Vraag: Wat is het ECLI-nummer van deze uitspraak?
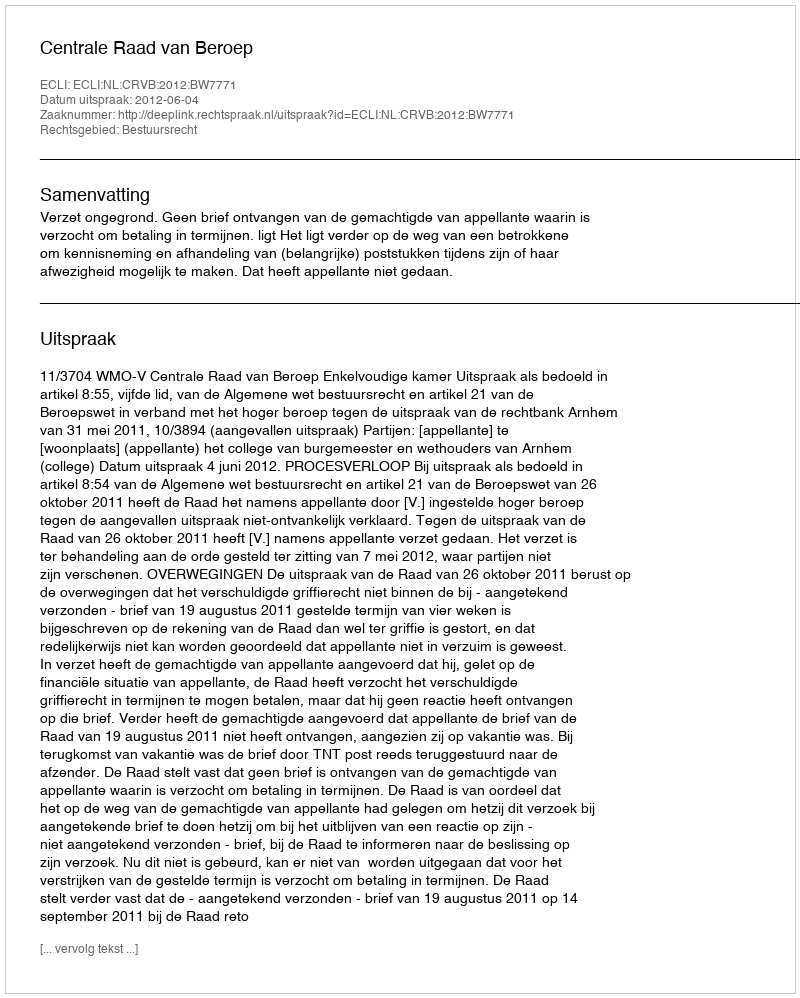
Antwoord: ECLI:NL:CRVB:2012:BW7771